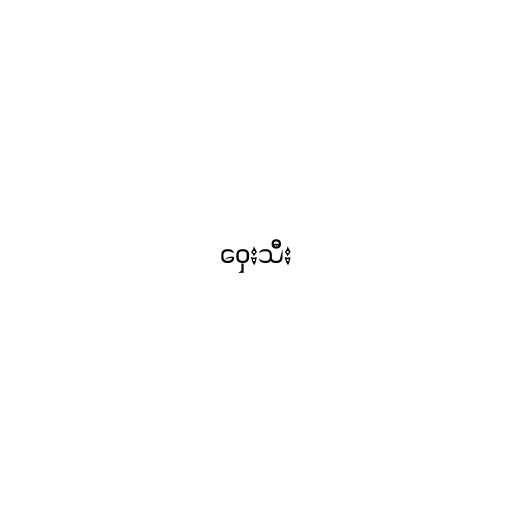
ဝှေးသီး